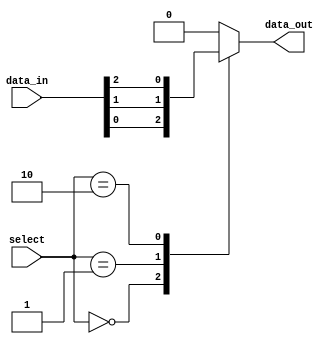
module mux64to1(
    input [63:0] data_in,
    input [5:0] select,
    output reg data_out
);

always @(*)
begin
    case (select)
        6'b000000: data_out = data_in[0];
        6'b000001: data_out = data_in[1];
        6'b000010: data_out = data_in[2];
        // add cases for the remaining inputs up to 64
        default: data_out = 0; // default output if select signal is invalid
    endcase
end

endmodule